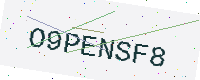
Text: O9PENSF8